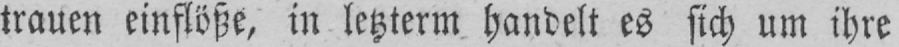
trauen einflöße, in letzteren handelt es sich um ihre